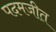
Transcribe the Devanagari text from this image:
पदमजीत